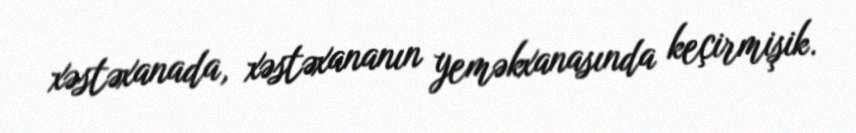
xəstəxanada, xəstəxananın yeməkxanasında keçirmişik.